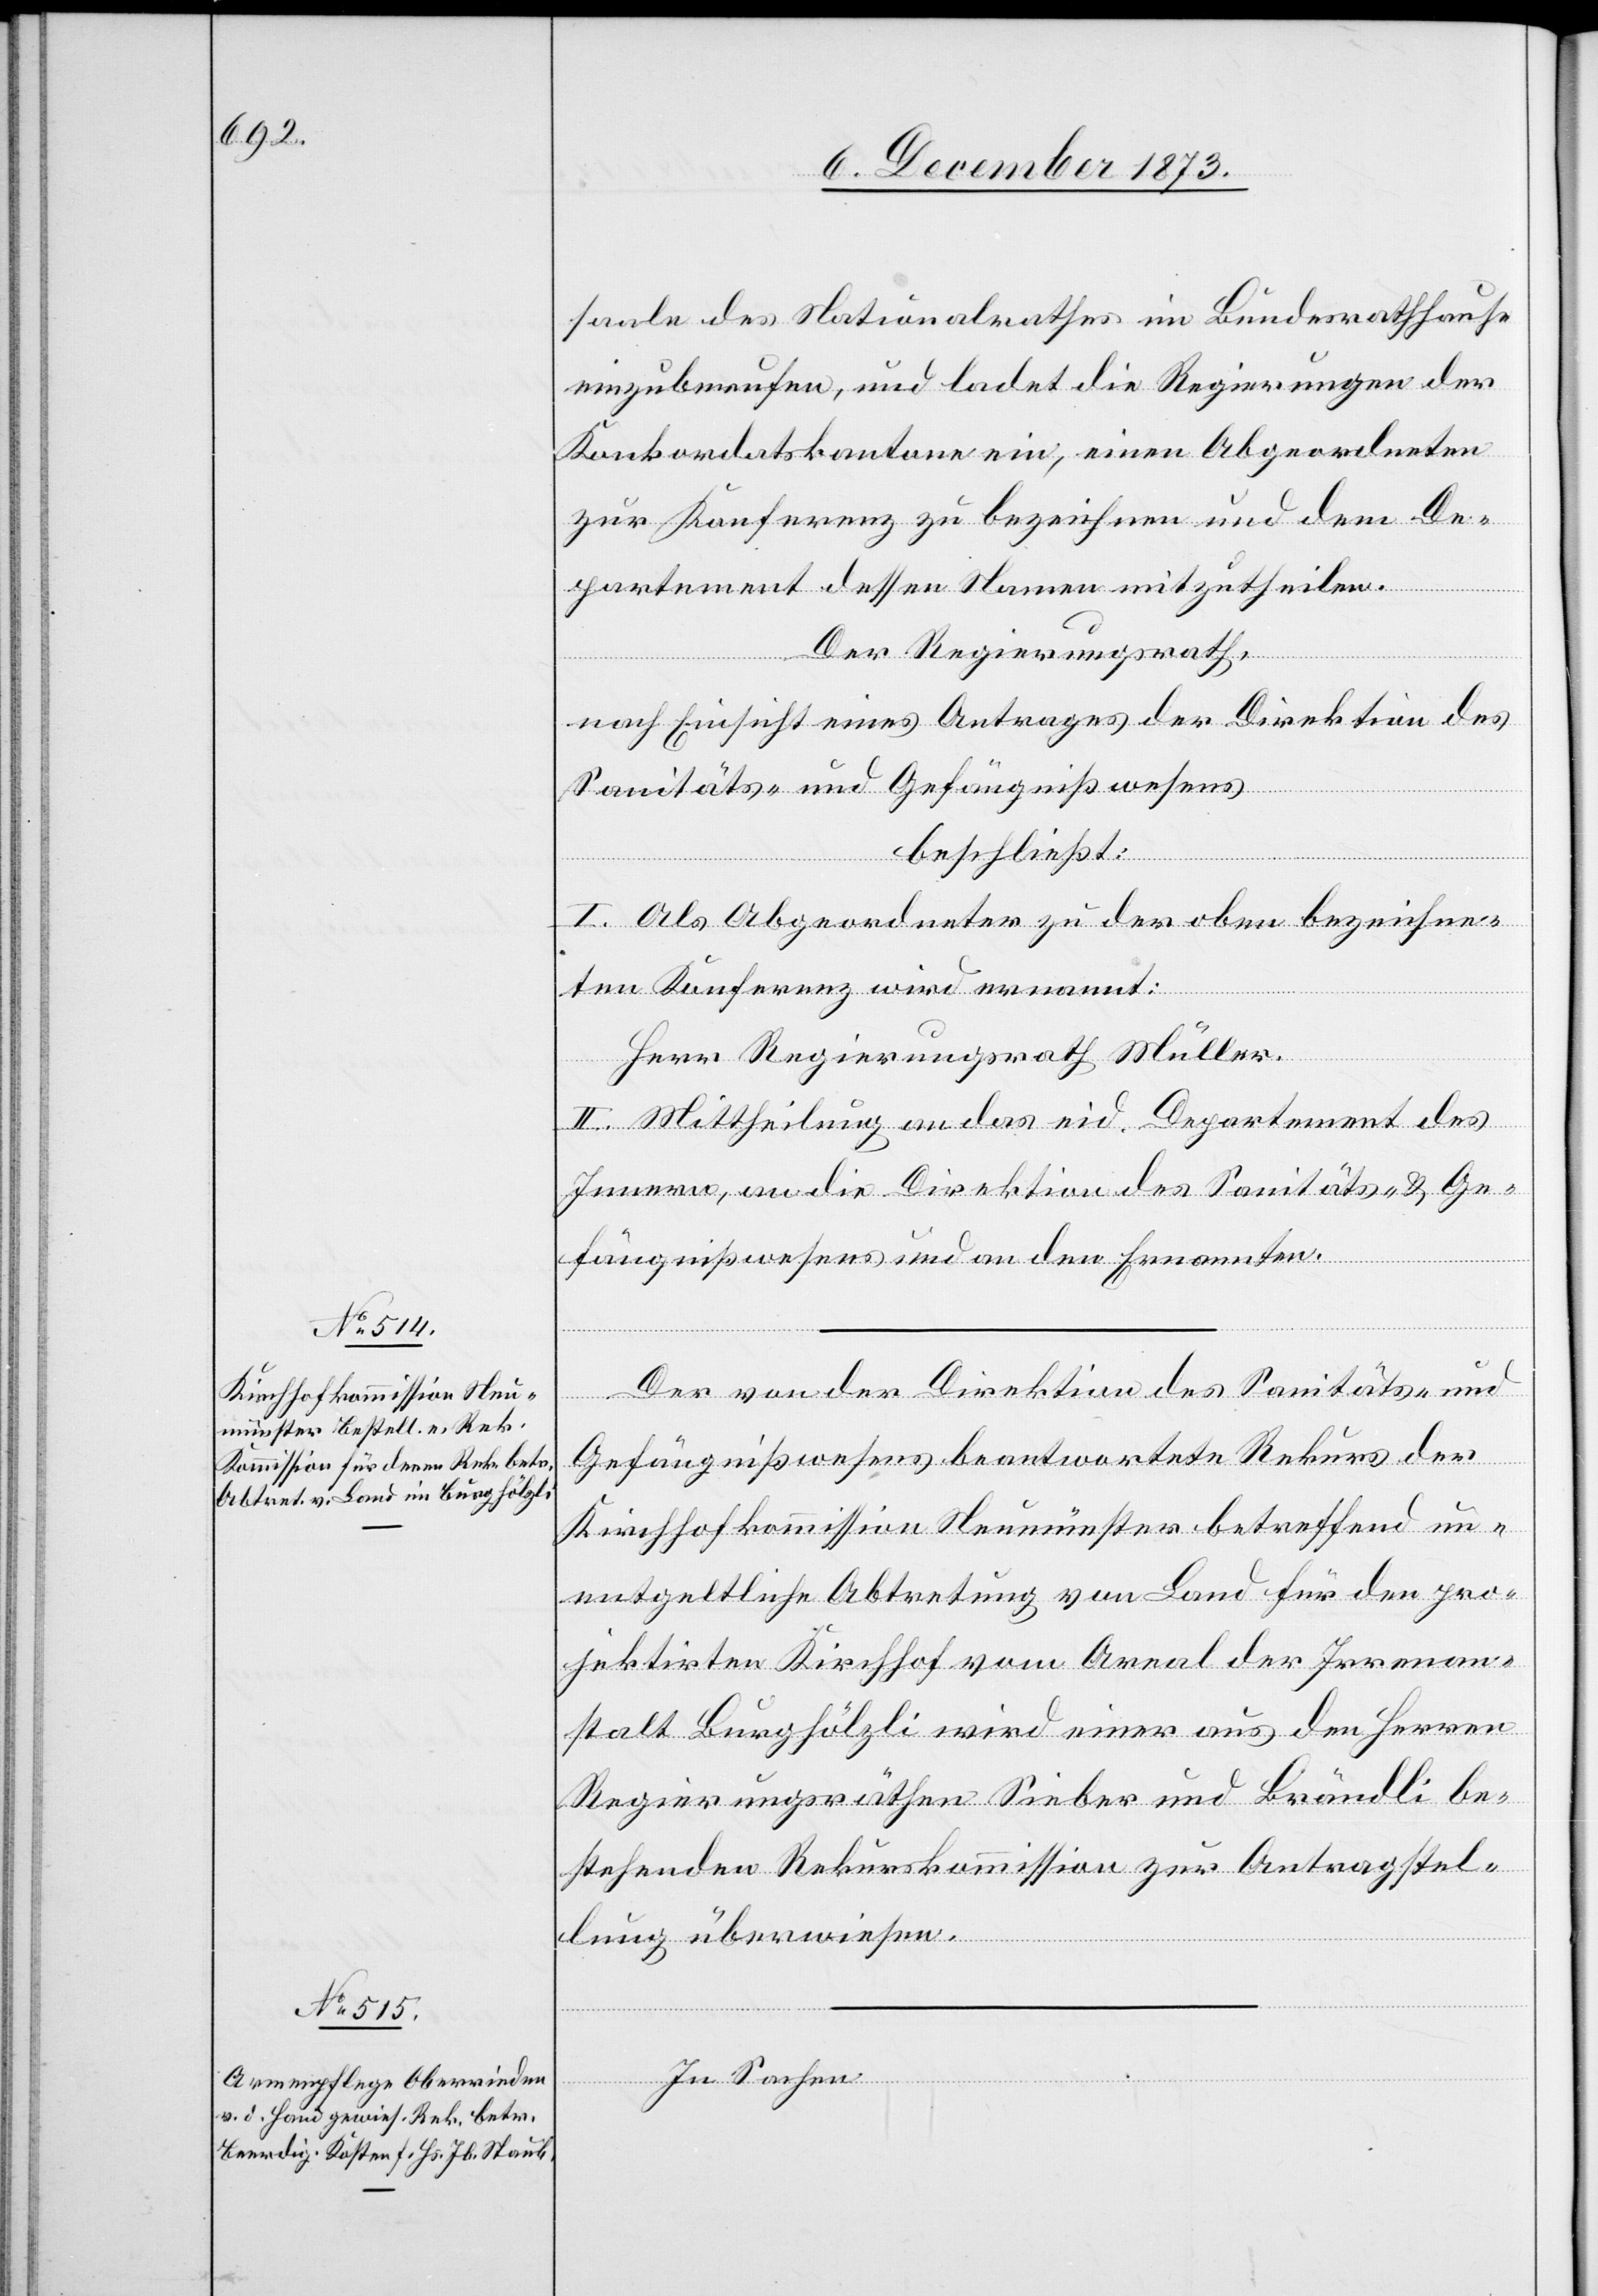
saale des Nationalrathes im Bundesrathhause
einzuberufen, und ladet die Regierungen der
Konkordatskantone ein, einen Abgeordneten
zur Konferenz zu bezeichnen und dem De¬
partement dessen Namen mitzutheilen.
Der Regierungsrath,
nach Einsicht eines Antrages der Direktion des
Sanitäts- und Gefängnißwesens
beschließt:
I. Als Abgeordneter zu der oben bezeichne¬
ten Konferenz wird ernannt:
Herr Regierungsrath Müller.
II. Mittheilung an das eid. Departement des
Innern, an die Direktion des Sanitäts- & Ge¬
fängnißwesens und an den Ernannten.
Der von der Direktion des Sanitäts- und
Gefängnißwesens beantwortete Rekurs der
Kirchhofkommission Neumünster betreffend un¬
entgeltliche Abtretung von Land für den pro¬
jektirten Kirchhof vom Areal der Irrenan¬
stalt Burghölzli wird einer aus den Herren
Regierungsräthen Sieber und Brändli be¬
stehenden Rekurskommission zur Antragstel¬
lung überwiesen.
In Sachen